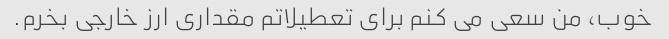
خوب، من سعی می کنم برای تعطیلاتم مقداری ارز خارجی بخرم.